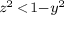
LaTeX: \scriptstyle z ^ { 2 } \, < \, 1 - y ^ { 2 }